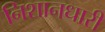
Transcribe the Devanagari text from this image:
निशानधारी